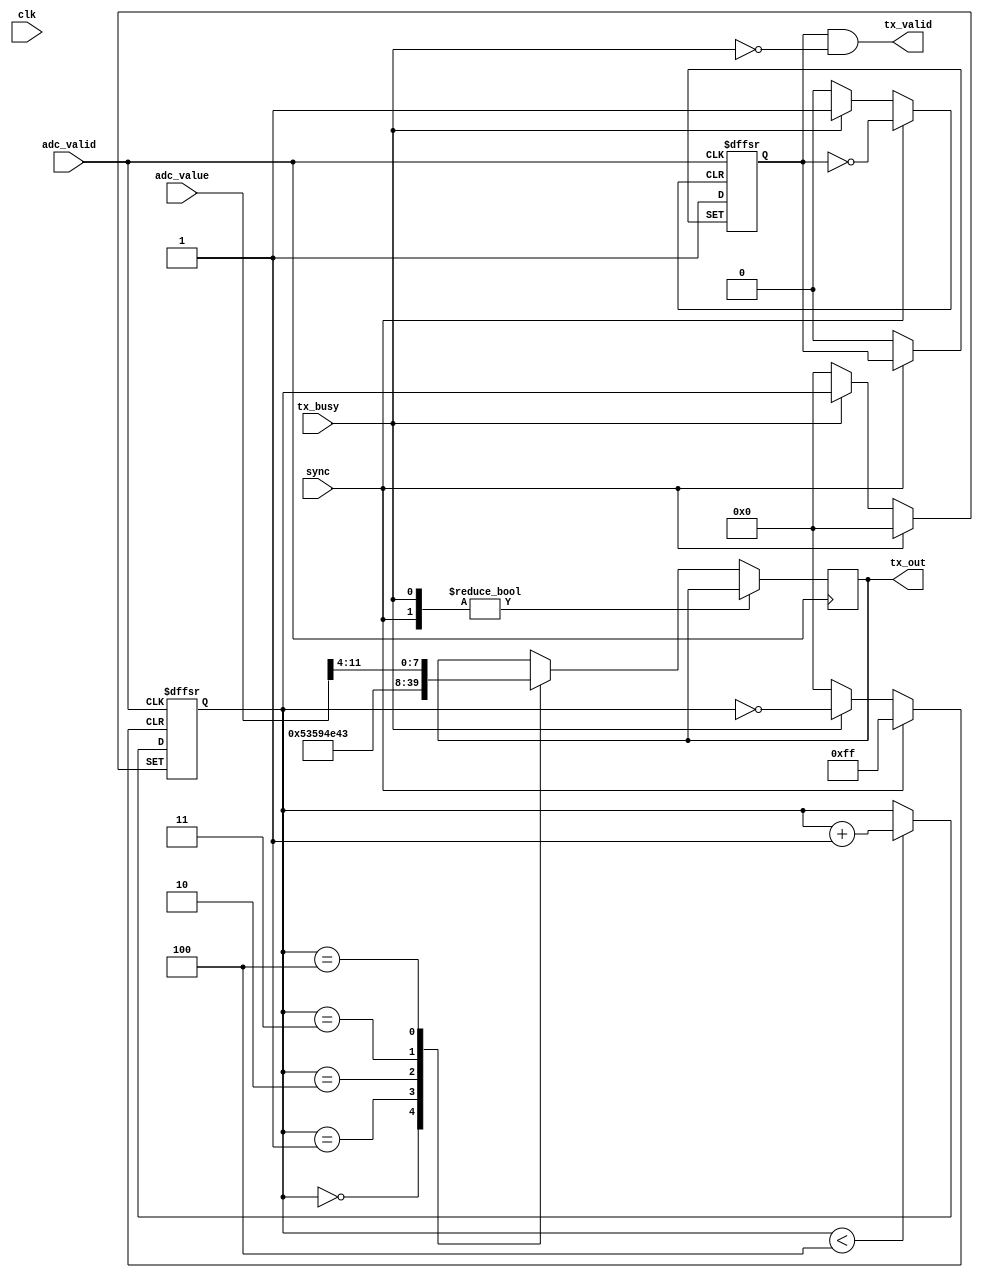
module uart_protocol (
    clk,
	 sync,
	 adc_valid,
    adc_value,
	 tx_out,
	 tx_valid,
	 tx_busy
);

input clk;
input sync;

input [11:0] adc_value;
input adc_valid;
input tx_busy;
output [7:0] tx_out;
output tx_valid;
reg [7:0] r_tx_out;
reg r_tx_valid;

reg [7:0] state;

assign tx_out = r_tx_out;
assign tx_valid = r_tx_valid && !tx_busy;


always @(posedge adc_valid or posedge tx_busy or posedge sync) begin

	if(sync) begin
		state = 0;
	end else if(tx_busy) begin
		r_tx_valid = 0;
	end else if(adc_valid) begin
		
		case(state)
			0: r_tx_out = "S";
			1: r_tx_out = "Y";
			2: r_tx_out = "N";
			3: r_tx_out = "C";
			4: r_tx_out = adc_value >> 4;
		endcase
		
		if(state < 4) begin
			state = state + 1;
		end
		
		r_tx_valid = 1;
		
	end
end


endmodule